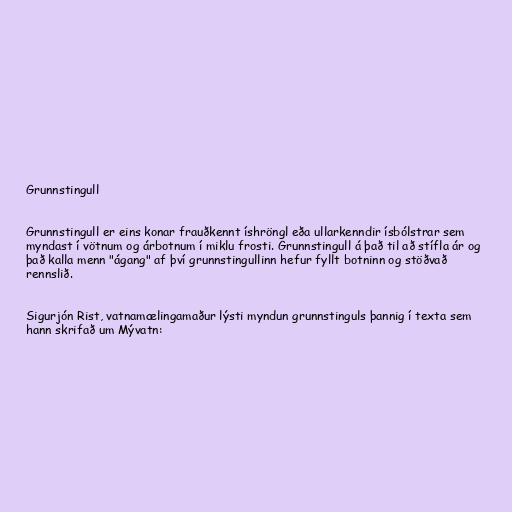
Grunnstingull

Grunnstingull er eins konar frauðkennt íshröngl eða ullarkenndir ísbólstrar sem
myndast í vötnum og árbotnum í miklu frosti. Grunnstingull á það til að stífla ár og
það kalla menn "ágang" af því grunnstingullinn hefur fyllt botninn og stöðvað
rennslið.

Sigurjón Rist, vatnamælingamaður lýsti myndun grunnstinguls þannig í texta sem
hann skrifað um Mývatn: